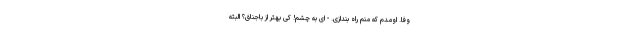
وفا. اومدم که منم راه بندازی. - ای به چشم! کی بهتر از باجناق؟ البته